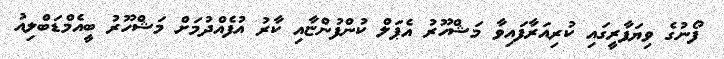
ފޯނުގެ ވިޔަފާރީގައި ކުރިއަރާފައިވާ މަޝްހޫރު އެޕަލް ކުންފުންޏާއި ކާރު އުފެއްދުމަށް މަޝްހޫރު ބީއެމްޑަބްލިއު